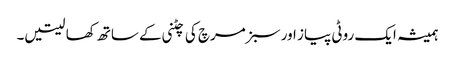
ہمیشہ ایک روٹی پیاز اور سبز مرچ کی چٹنی کے ساتھ کھا لیتیں۔